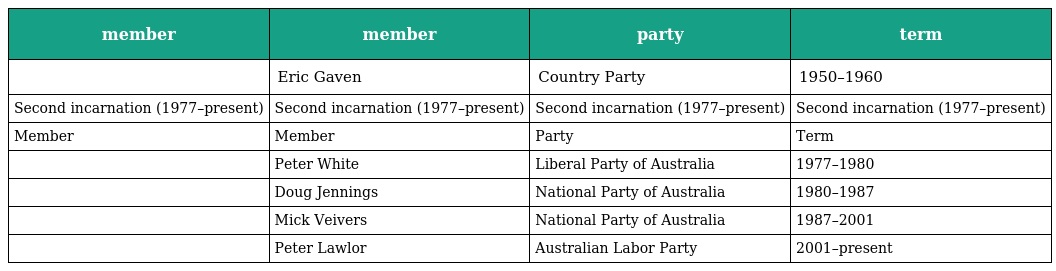
| member | member | party | term |
 | --- | --- | --- | --- |
 |  | Eric Gaven | Country Party | 1950–1960 |
 | Second incarnation (1977–present) | Second incarnation (1977–present) | Second incarnation (1977–present) | Second incarnation (1977–present) |
 | Member | Member | Party | Term |
 |  | Peter White | Liberal Party of Australia | 1977–1980 |
 |  | Doug Jennings | National Party of Australia | 1980–1987 |
 |  | Mick Veivers | National Party of Australia | 1987–2001 |
 |  | Peter Lawlor | Australian Labor Party | 2001–present |